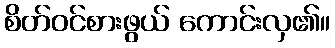
စိတ်ဝင်စားဖွယ် ကောင်းလှ၏။